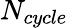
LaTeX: N_{cycle}